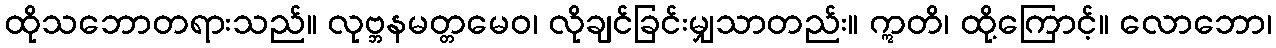
ထိုသဘောတရားသည်။ လုဗ္ဘနမတ္တမေဝ၊ လိုချင်ခြင်းမျှသာတည်း။ ဣတိ၊ ထို့ကြောင့်။ လောဘော၊